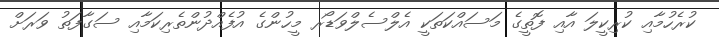
ކުރެހުމާއި ކުރިކީލަ އާއި ފޮތީގެ މަސައްކަތަކީ އެލްސެލްވަޑޯރ މީހުންގެ އުފެއްދުންތެރިކަމާއި ސަގާފަތު ވަރަށް